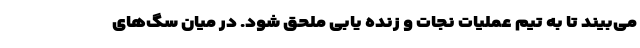
می‌بیند تا به تیم عملیات نجات و زنده یابی ملحق شود. در میان سگ‌های